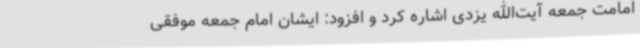
امامت جمعه آیت‌الله یزدی اشاره کرد و افزود: ایشان امام جمعه موفقی